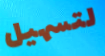
لتسهيل